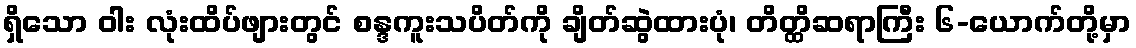
ရှိသော ဝါး လုံးထိပ်ဖျားတွင် စန္ဒကူးသပိတ်ကို ချိတ်ဆွဲထားပုံ၊ တိတ္ထိဆရာကြီး ၆-ယောက်တို့မှာ